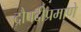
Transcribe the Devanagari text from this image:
द्रौपदीप्रमाणे